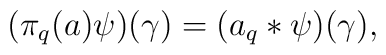
(\pi_q(a)\psi )(\gamma )=(a_q*\psi )(\gamma ),